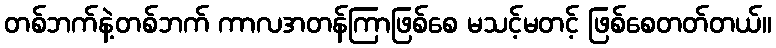
တစ်ဘက်နဲ့တစ်ဘက် ကာလအတန်ကြာဖြစ်စေ မသင့်မတင့် ဖြစ်စေတတ်တယ်။